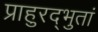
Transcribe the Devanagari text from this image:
प्राहुरद्भुतां